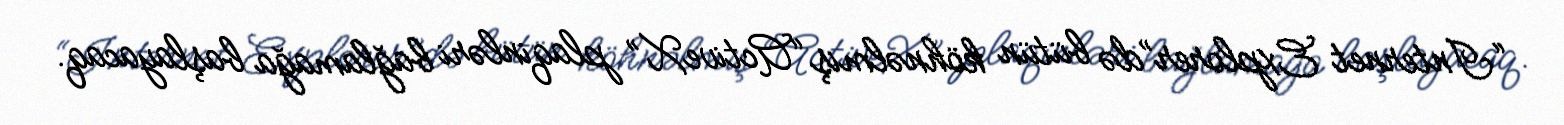
“Internet Explorer”də bütün köhnəlmiş “ActiveX” plaqinləri bağlamağa başlayacaq.